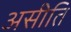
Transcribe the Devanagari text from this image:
असीति